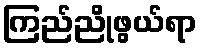
ကြည်ညိုဖွယ်ရာ